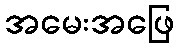
အမေးအဖြေ